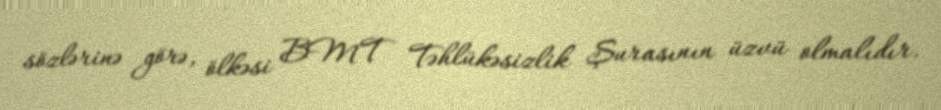
sözlərinə görə, ölkəsi BMT Təhlükəsizlik Şurasının üzvü olmalıdır.